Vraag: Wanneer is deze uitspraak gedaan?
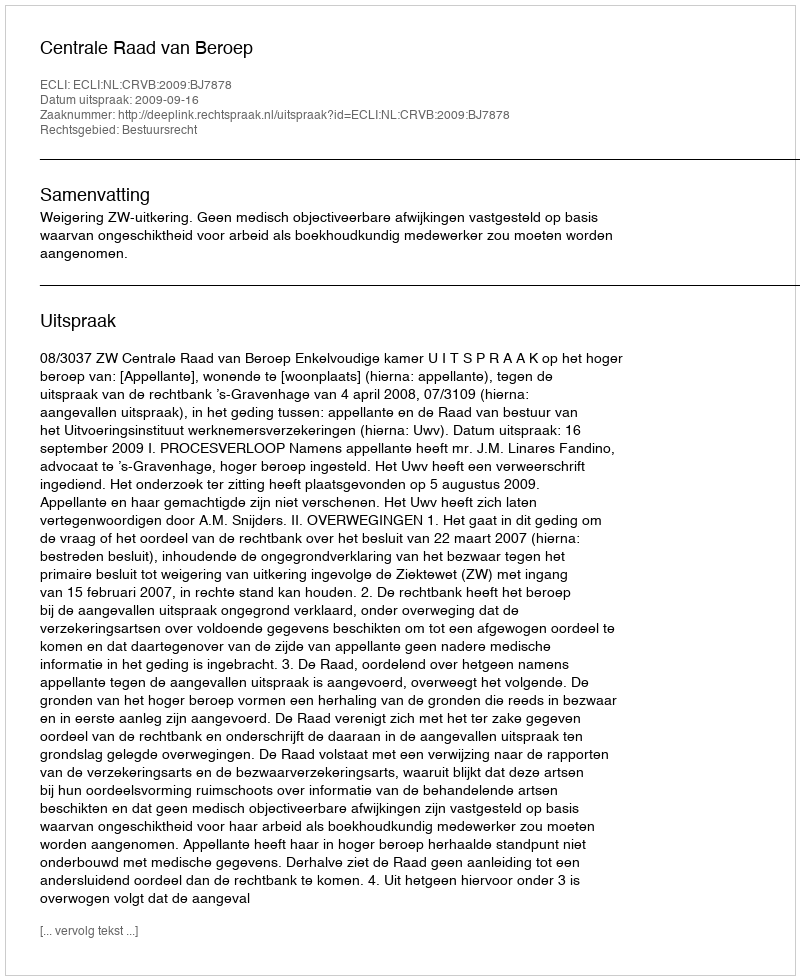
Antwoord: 2009-09-16